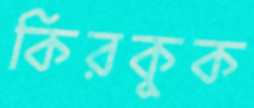
কিরকুক